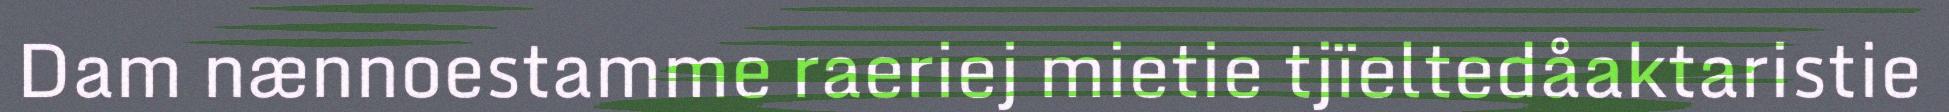
Dam nænnoestamme raeriej mietie tjïeltedåaktaristie